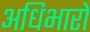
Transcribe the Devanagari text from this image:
अधिभारों